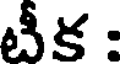
టీక :